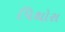
પિથોરા